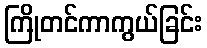
ကြိုတင်ကာကွယ်ခြင်း